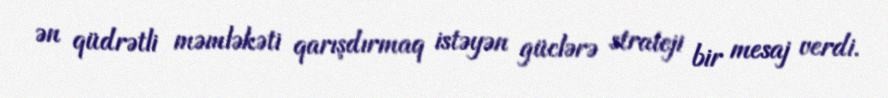
ən qüdrətli məmləkəti qarışdırmaq istəyən güclərə strateji bir mesaj verdi.